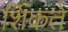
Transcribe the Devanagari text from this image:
शिंकते